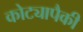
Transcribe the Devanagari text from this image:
कोट्यापैकी